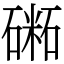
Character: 𥕝